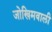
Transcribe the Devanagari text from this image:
जोखिमवाली